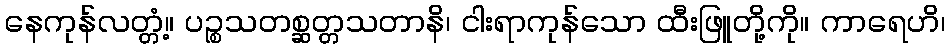
နေကုန်လတ္တံ့။ ပဉ္စသတစ္ဆတ္တသတာနိ၊ ငါးရာကုန်သော ထီးဖြူတို့ကို။ ကာရေဟိ၊